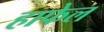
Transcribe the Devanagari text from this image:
हाफेल